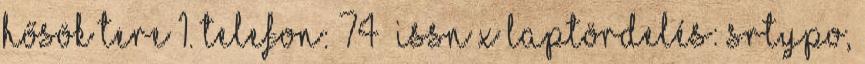
Hősök tere 1. Telefon: 74 ISSN x Laptördelés: SRTypo,